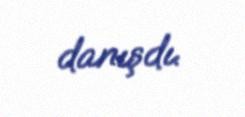
danışdı.